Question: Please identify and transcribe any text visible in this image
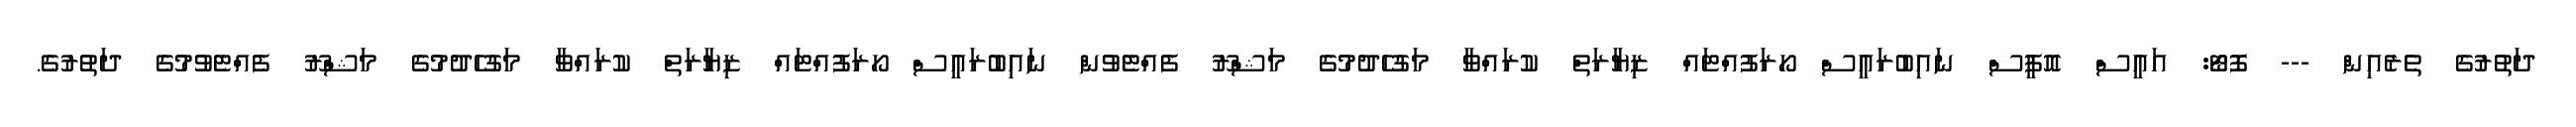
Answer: ދަތުރުގެ ތެރެއިން --- ފޮޓޯ: އައީސް އޮފީސް ނައިބުރައީސް ހޯރަފުއްޓައް ޒިޔާރަތް ކުރައްވާ މަގުހެދުމުގެ މަޝްރޫ ފެއްޓެވުން ނައިބުރައީސް ހޯރަފުއްޓައް ޒިޔާރަތް ކުރައްވާ މަގުހެދުމުގެ މަޝްރޫ ފެއްޓެވުމުގެ ދަތުރުގެ.